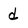
Character: d